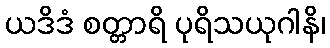
ယဒိဒံ စတ္တာရိ ပုရိသယုဂါနိ၊